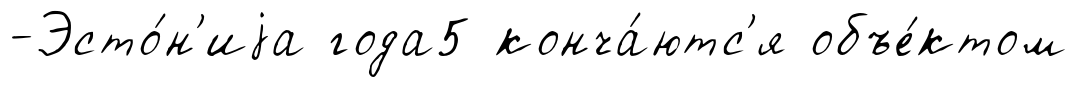
-Эсто́н'иjа года5 конча́ютс'я объе́ктом